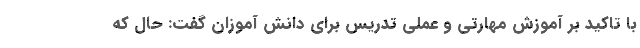
با تاکید بر آموزش مهارتی و عملی تدریس برای دانش آموزان گفت: حال که